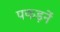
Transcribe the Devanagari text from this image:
पकड़नें